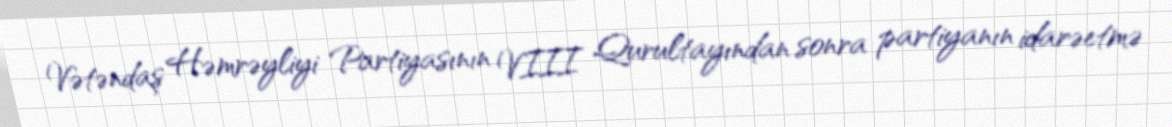
Vətəndaş Həmrəyliyi Partiyasının VIII Qurultayından sonra partiyanın idarəetmə